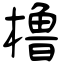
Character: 橹